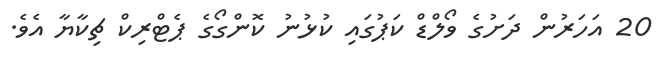
20 އަހަރުން ދަށުގެ ވޯލްޑް ކަޕުގައި ކުޅުނު ކޮންގޯގެ ޕެޓްރިކް ޗިކާޔާ އެވެ.